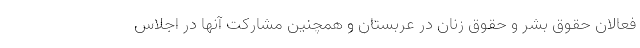
فعالان حقوق بشر و حقوق زنان در عربستان و همچنین مشارکت آنها در اجلاس